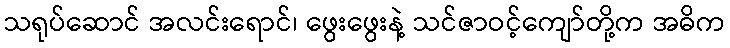
သရုပ်ဆောင် အလင်းရောင်၊ ဖွေးဖွေးနဲ့ သင်ဇာဝင့်ကျော်တို့က အဓိက